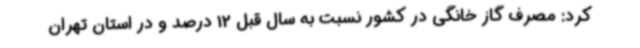
کرد: مصرف گاز خانگی در کشور نسبت به سال قبل 12 درصد و در استان تهران